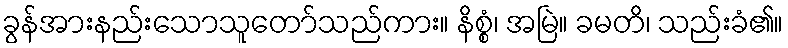
ခွန်အားနည်းသောသူတော်သည်ကား။ နိစ္စံ၊ အမြဲ။ ခမတိ၊ သည်းခံ၏။